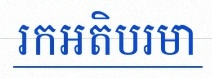
រកអតិបរមា